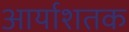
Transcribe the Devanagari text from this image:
आर्याशतक